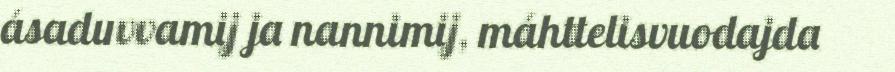
ásaduvvamij ja nannimij, máhttelisvuodajda